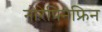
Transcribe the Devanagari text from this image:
नोरेपिनेफ्रिन